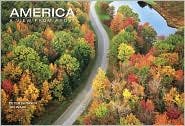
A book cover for America, A View From Above; Jim Wark Peter Skinner; Arts & Photography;